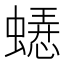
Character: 𬠥